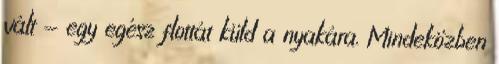
vált - egy egész flottát küld a nyakára. Mindeközben